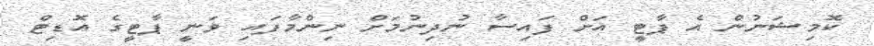
ކޮމިޝަނުން އެ ޕާޓީ އަށް ފައިސާ ނުދިނުމަށް ނިންމާފައި ވަނީ ޕާޓީގެ އޮޑިޓް